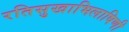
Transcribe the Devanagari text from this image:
रतिसुखाभिलाषिणी